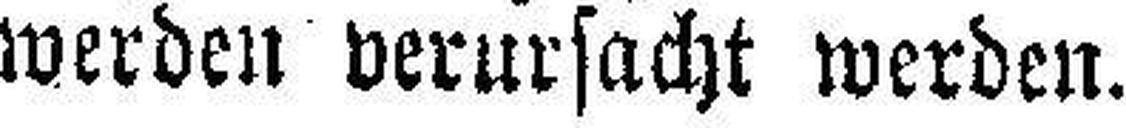
werden verursacht werden.